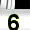
Digit: 3